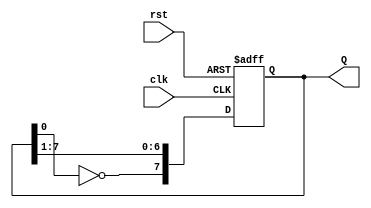
module johnson_counter (
    input wire clk,        // Clock input
    input wire rst,        // Asynchronous reset
    output reg [7:0] Q     // 8-bit counter output
);

    // Sequential logic for the Johnson counter
    always @(posedge clk or posedge rst) begin
        if (rst) begin
            // Asynchronous reset
            Q <= 8'b00000000; // Initialize counter to 00000000
        end else begin
            // Shift the bits and apply feedback
            Q[7] <= ~Q[0];     // Feedback from the inverted output of FF7 to FF0
            Q[6:0] <= Q[7:1];  // Shift the bits to the right
        end
    end

endmodule